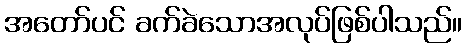
အတော်ပင် ခက်ခဲသောအလုပ်ဖြစ်ပါသည်။